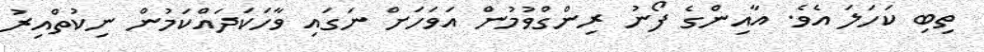
ތިބި ކަހަލަ އެވެ. އާއިންގެ ފޯނު ރިންގްވުމުން އަވަހަށް ނަގައި ވާހަކަދައްކަމުން ނިކުތްއިރު